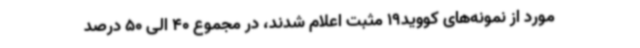
مورد از نمونه‌های کووید19 مثبت اعلام شدند، در مجموع 40 الی 50 درصد